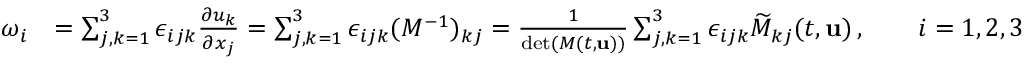
\begin{array} { r l } { \omega _ { i } } & { = \sum _ { j , k = 1 } ^ { 3 } \epsilon _ { i j k } \frac { \partial u _ { k } } { \partial x _ { j } } = \sum _ { j , k = 1 } ^ { 3 } \epsilon _ { i j k } ( M ^ { - 1 } ) _ { k j } = \frac { 1 } { \operatorname* { d e t } ( M ( t , { \mathbf { u } } ) ) } \sum _ { j , k = 1 } ^ { 3 } \epsilon _ { i j k } \widetilde { M } _ { k j } ( t , { \mathbf { u } } ) \, , \qquad i = 1 , 2 , 3 } \end{array}